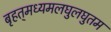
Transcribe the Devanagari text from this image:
बृहत्‌मध्यमलघुलघुतम